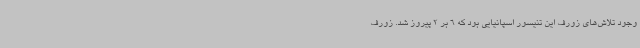
وجود تلاش‌های زورف این تنیسور اسپانیایی بود که 6 بر 2 پیروز شد. زورف